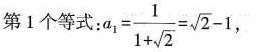
第1个等式:a_{1}= \frac{1}{1+ \sqrt{2}}= \sqrt{2}-1 ，